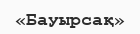
«Бауырсақ»